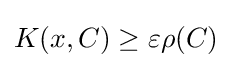
K(x,C)\geq \varepsilon \rho (C)